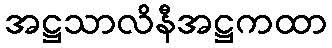
အဋ္ဌသာလိနီအဋ္ဌကထာ